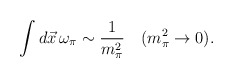
\begin{align*}\int d \vec{x}\, \omega_{\pi}\sim \frac 1{m_{\pi}^2} \quad (m_{\pi}^2 \rightarrow 0).\end{align*}